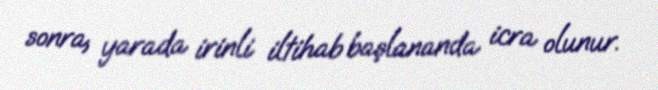
sonra, yarada irinli iltihab başlananda icra olunur.